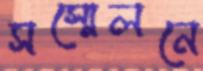
সস্মেলনে